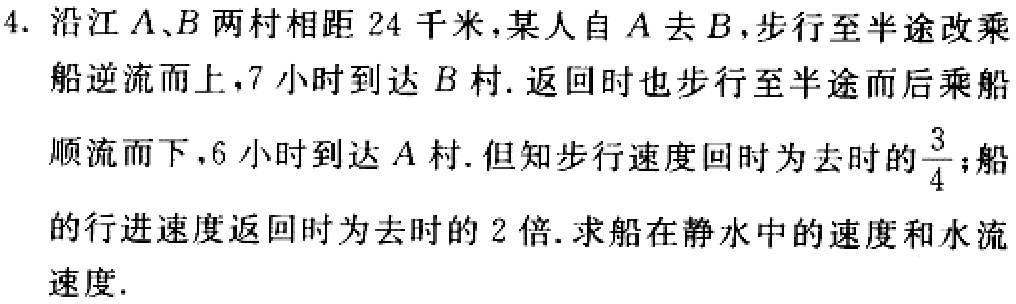
4. 沿江\(A、B\)两村相距\(24\)千米，某人自\(A\)去\(B\)，步行至半途改乘船逆流而上，\(7\)小时到达\(B\)村. 返回时也步行至半途而后乘船顺流而下，\(6\)小时到达\(A\)村. 但知步行速度回时为去时的\(\frac{3}{4}\)；船的行进速度返回时为去时的\(2\)倍. 求船在静水中的速度和水流速度.